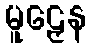
မူဠှေန